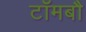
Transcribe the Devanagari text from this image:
टॉमबौ